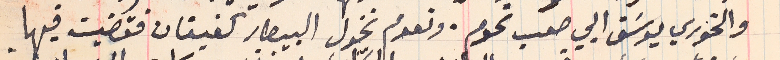
والخوري يوسَف ابي صعب تحوم. ونعوم نخول البيطار كفيفان فقضيت فيها